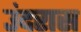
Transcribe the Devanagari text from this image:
उंदरास